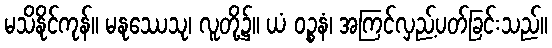
မသိနိုင်ကုန်။ မနုဿေသု၊ လူတို့၌။ ယံ ဝဉ္စနံ၊ အကြင်လှည့်ပတ်ခြင်းသည်။